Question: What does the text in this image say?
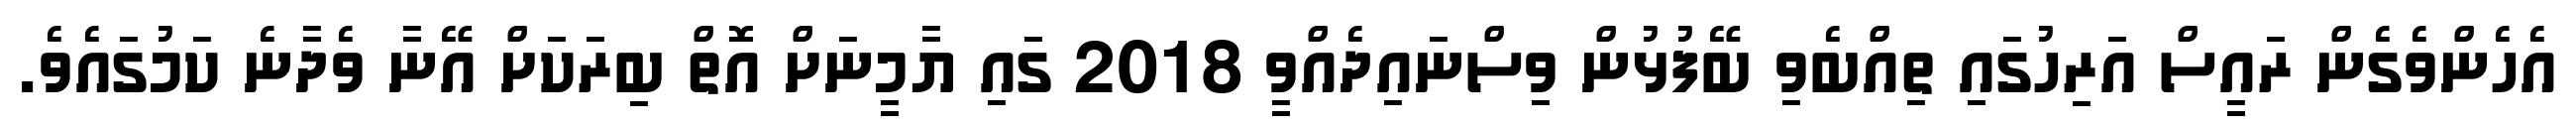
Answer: އެހެންވެގެން ރައީސް އަރިހުގައި ތިއްބެވި ބޭފުޅުން ވިސްނައިދެއްވީ 2018 ގައި ޔާމީނަށް އޮތް ބިރަކަށް އޭނާ ވެދާނެ ކަމުގައެވެ.